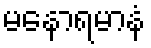
မနောရမာနံ